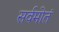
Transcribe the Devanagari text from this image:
सर्वमोतं